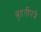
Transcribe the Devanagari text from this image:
बृहतीपत्रे